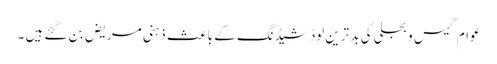
عوام گیس و بجلی کی بد ترین لوڈ شیڈنگ کے باعث ذہنی مریض بن گئے ہیں ۔